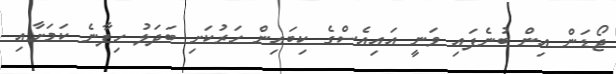
ޖޯޑަން އިން ބުނެފައި ވަނީ އައިއެސްގެ ކިބައިން ހަރުކަށި ބަދަލު ހިފާނެ ކަމަށާއި